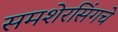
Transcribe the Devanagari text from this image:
समशेरसिंगचे